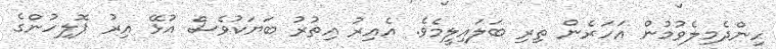
ހިންދެމިލެވުމުން އަހަރެން ތިރި ބަލައިލީމެވެ. އެއިރު އިތުރު ބަޔަކުވެސް އުޅޭ އިރު ޕޮލިހުންގެ